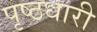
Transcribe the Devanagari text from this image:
पृष्ठधारी